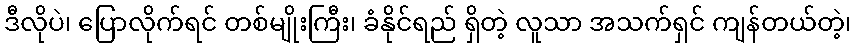
ဒီလိုပဲ၊ ပြောလိုက်ရင် တစ်မျိုးကြီး၊ ခံနိုင်ရည် ရှိတဲ့ လူသာ အသက်ရှင် ကျန်တယ်တဲ့၊